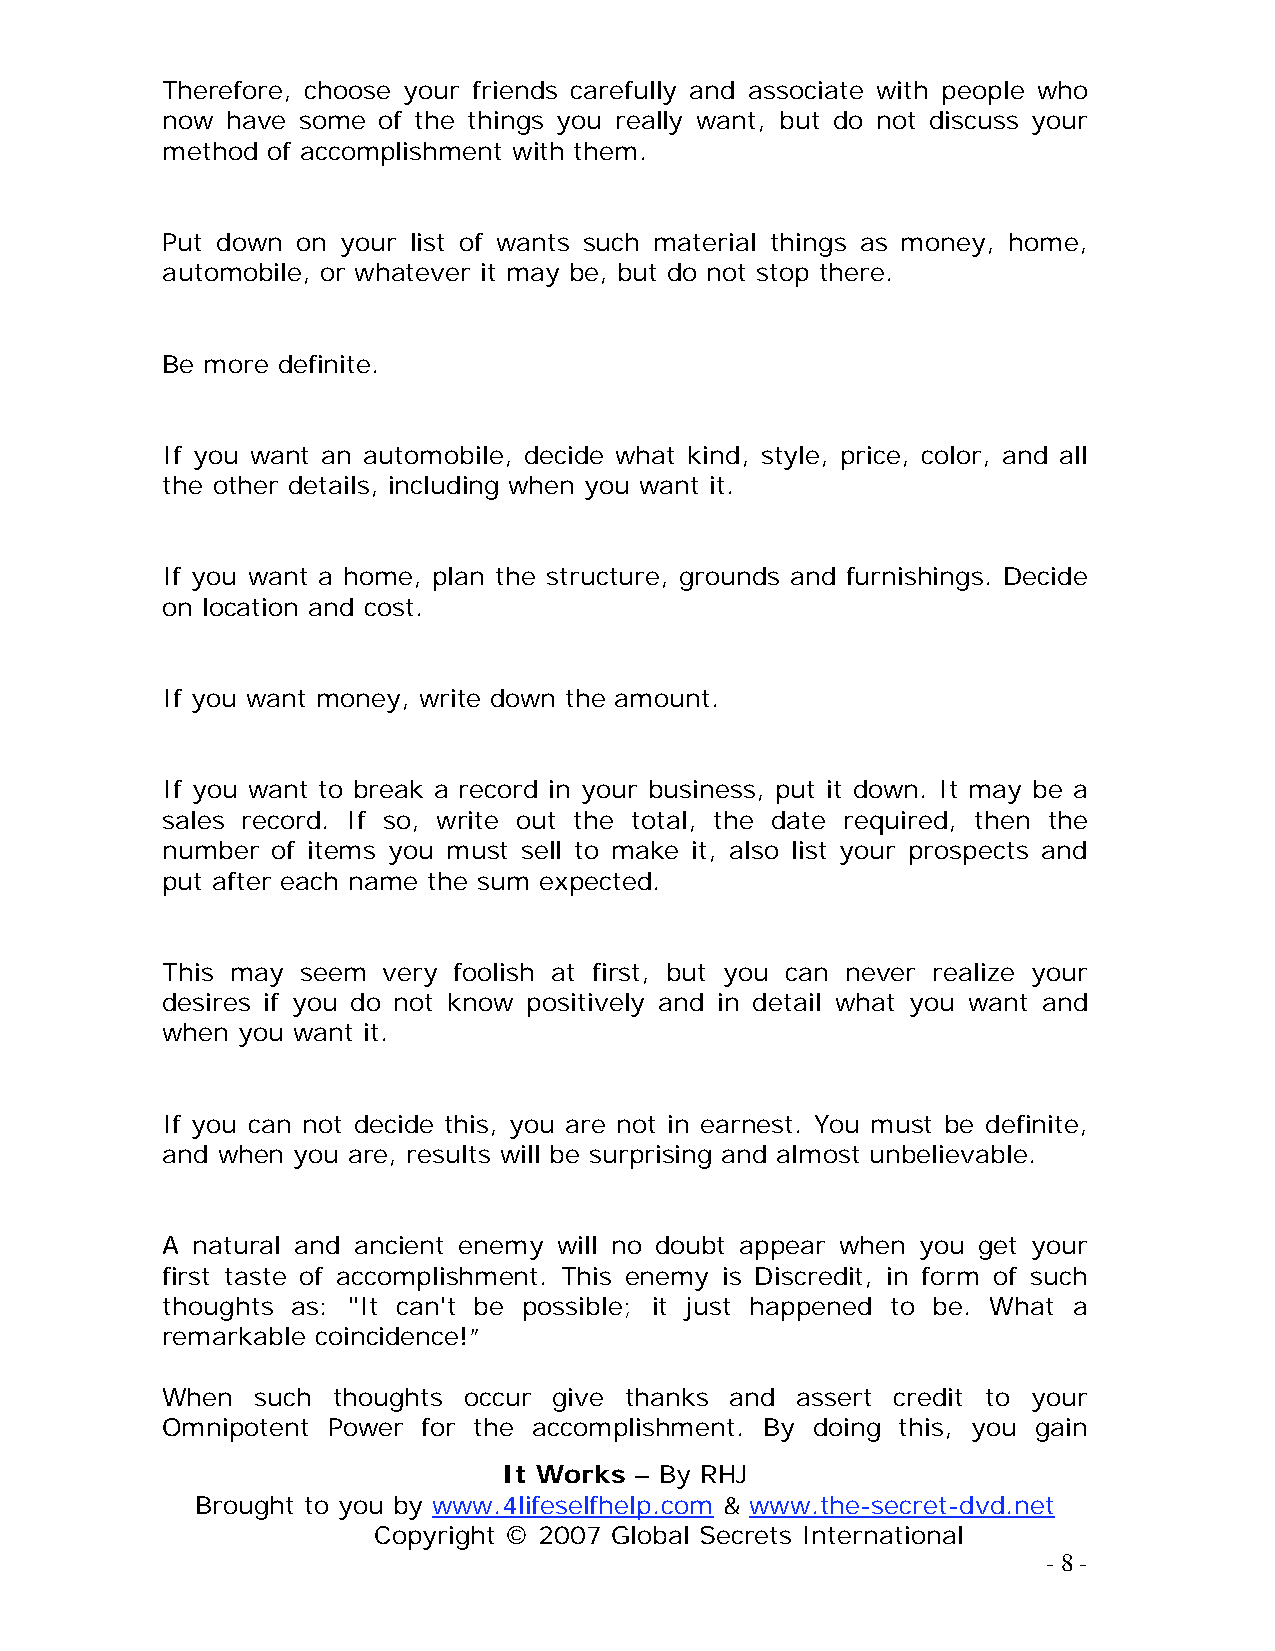
Therefore, choose your friends carefully and associate with people who
 now have some of the things you really want, but do not discuss your
 method of accomplishment with them.
 Put down on your list of wants such material things as money, home,
 automobile, or whatever it may be, but do not stop there.
 Be more definite.
 If you want an automobile, decide what kind, style, price, color, and all
 the other details, including when you want it.
 If you want a home, plan the structure, grounds and furnishings. Decide
 on location and cost.
 If you want money, write down the amount.
 If you want to break a record in your business, put it down. It may be a
 sales record. If so, write out the total, the date required, then the
 number of items you must sell to make it, also list your prospects and
 put after each name the sum expected.
 This may seem very foolish at first, but you can never realize your
 desires if you do not know positively and in detail what you want and
 when you want it.
 If you can not decide this, you are not in earnest. You must be definite,
 and when you are, results will be surprising and almost unbelievable.
 A natural and ancient enemy will no doubt appear when you get your
 first taste of accomplishment. This enemy is Discredit, in form of such
 thoughts as: "It can't be possible; it just happened to be. What a
 remarkable coincidence!”
 When  such thoughts occur give thanks and assert credit to your
 Omnipotent Power for the accomplishment. By doing this, you gain
 It Works – By RHJ
 Brought to you by www.4lifeselfhelp.com & www.the-secret-dvd.net
 Copyright © 2007 Global Secrets International
 - 8 -